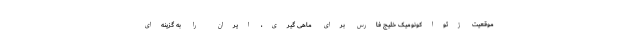
موقعیت ژئو‌اکونومیک خلیج فارس برای ماهی گیری، ایران را به گزینه‌ای